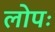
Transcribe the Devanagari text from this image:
लोपः